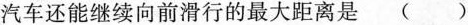
汽车还能继续向前滑行的最大距离是（）